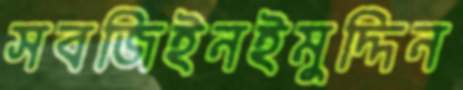
সবজিইনইমুদ্দিন